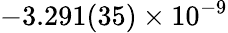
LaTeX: -3.291(35)\times 10^{-9}